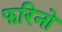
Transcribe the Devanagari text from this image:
फरिनो